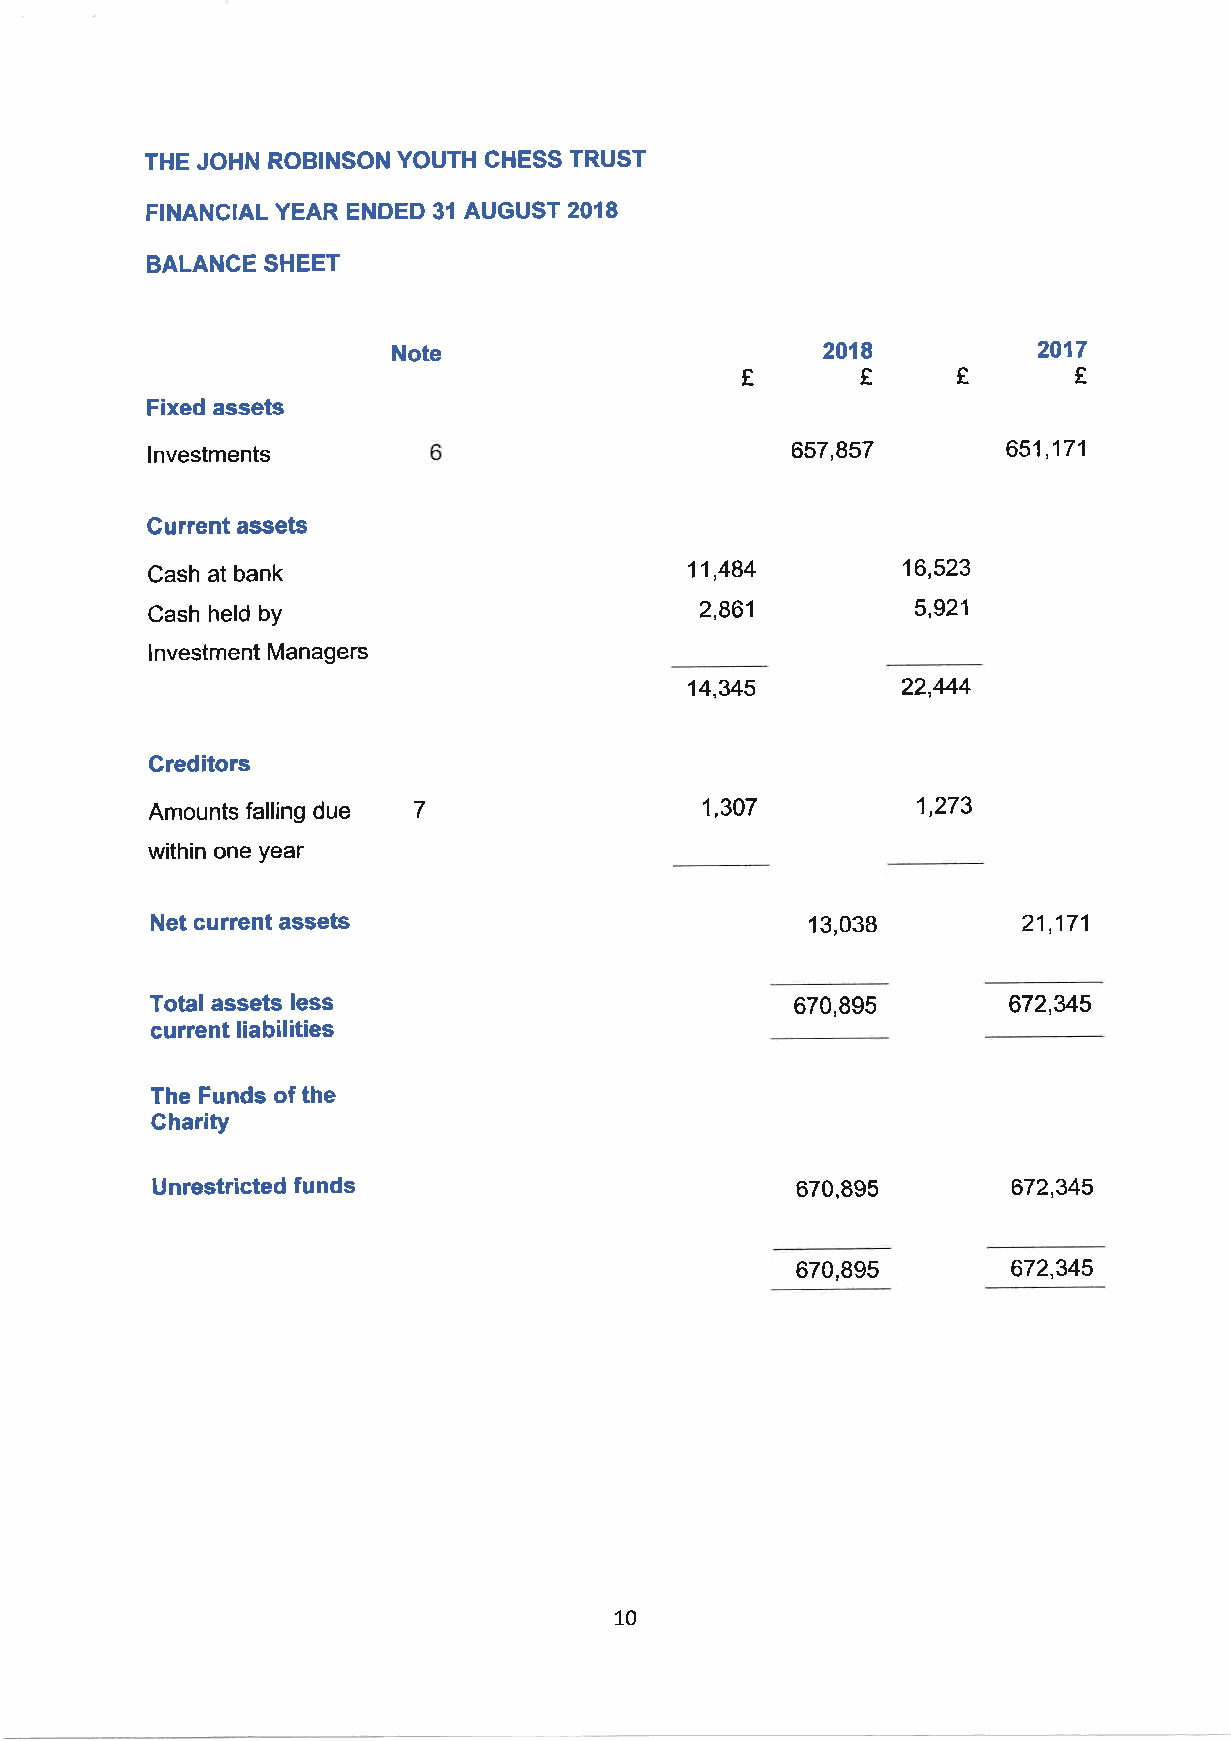
THE JOHN ROBINSON YOUTH CHESS TRUST
 FINANCIAL YEAR ENDED 31 AUGUST 2018
 BALANCE SHEET
 Note                         2018          2017
 Etff
 Fixed assets
 657,857
 lnvestments                                              651,171
 Current assets
 Cash at bank                        11,484        16,523
 Cash held by                        2,861          5,921
 lnvestment Managers
 14.345        22,M4
 Greditors
 due
 Amounts falling  7                   1,307         1,273
 within one year
 Net current assets                          13,038        21,171
 670,895
 Totalassets Iess                                         672,345
 current liabilities
 The Funds of the
 Gharity
 Unrestricted funds                         670,895       672,345
 670,895
 672,345
 10